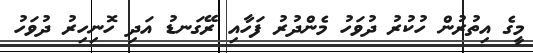
މީގެ އިތުރުން ހުކުރު ދުވަހު މެންދުރު ފަހާއި ރޭގަނޑު އަދި ހޮނިހިރު ދުވަހު